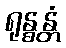
ရုန္ဓန္တံ